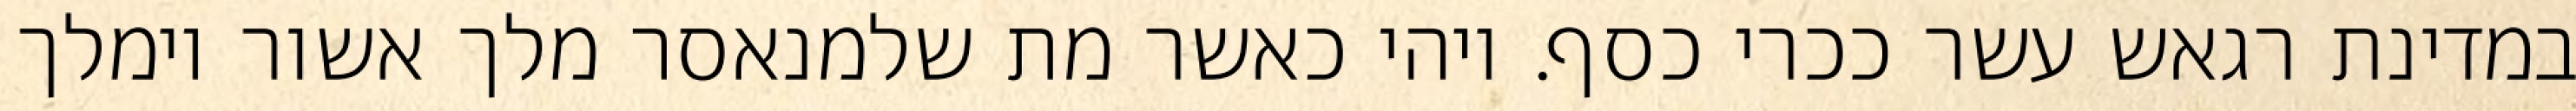
במדינת רגאש עשר ככרי כסף. ויהי כאשר מת שלמנאסר מלך אשור וימלך